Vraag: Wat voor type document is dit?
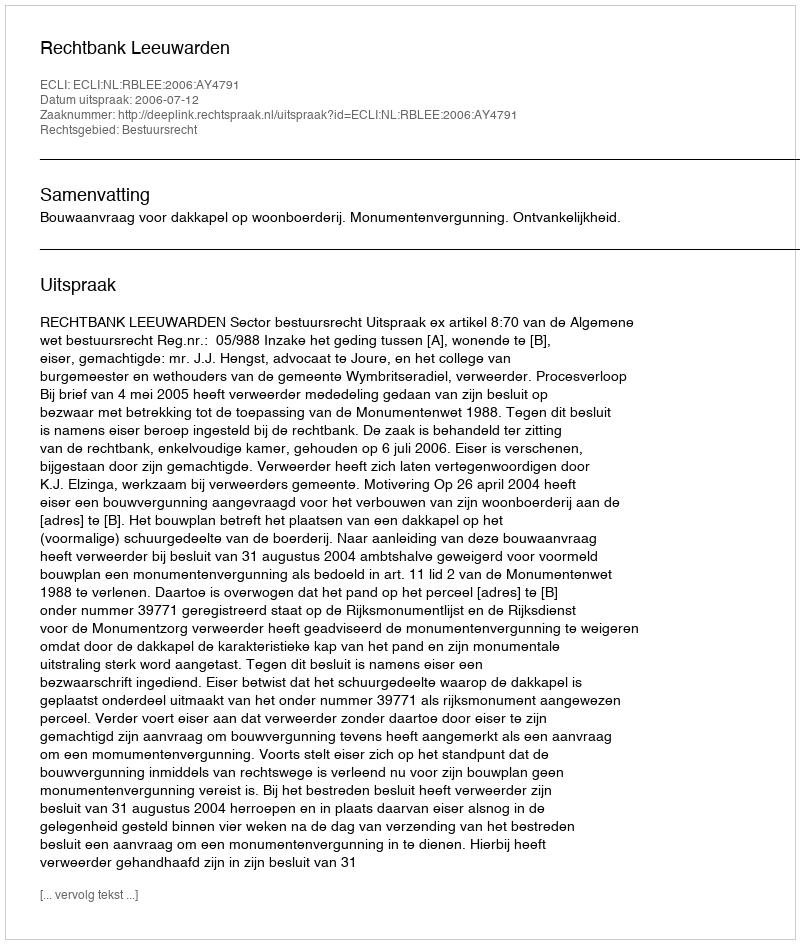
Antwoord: Uitspraak